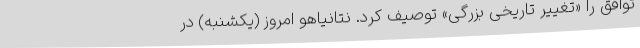
توافق را «تغییر تاریخی بزرگی» توصیف کرد. نتانیاهو امروز (یکشنبه) در